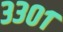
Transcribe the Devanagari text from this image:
३३०१